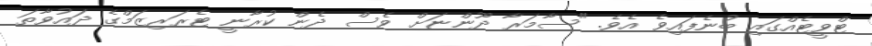
ޓްވީޓެއްގައި ބުނެފައިވެ އެވެ. "ސާމަރާ ދޫންޏަށް ވެސް ދެން ކުރާނީ ޓެރަރިޒަަމްގެ ދައުވާތަ